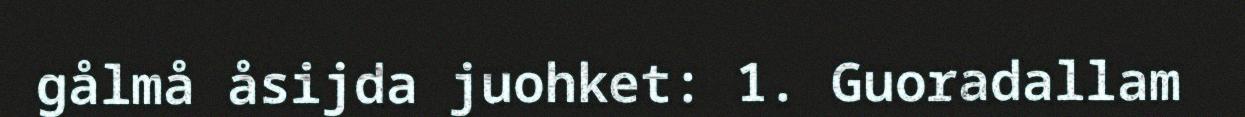
gålmå åsijda juohket: 1. Guoradallam